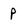
Character: p